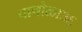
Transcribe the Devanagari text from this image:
पाचोळा३६